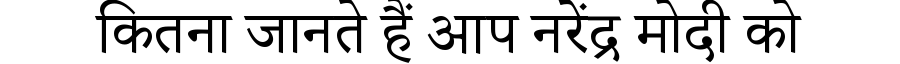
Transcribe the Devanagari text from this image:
कितना जानते हैं आप नरेंद्र मोदी को